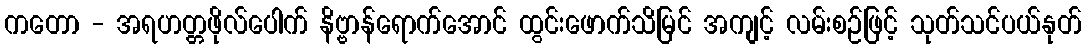
ကတော - အရဟတ္တဖိုလ်ပေါက် နိဗ္ဗာန်ရောက်အောင် ထွင်းဖောက်သိမြင် အကျင့် လမ်းစဉ်ဖြင့် သုတ်သင်ပယ်နုတ်